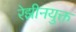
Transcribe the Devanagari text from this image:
रेझीनयुक्त